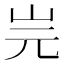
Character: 𡵧